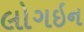
લોગઇન